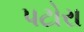
પટોરા